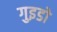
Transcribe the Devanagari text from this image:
गुइडो